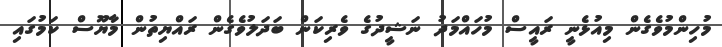
މުހިންމުވެގެން މިއުޅެނީ ރައީސް މުހައްމަދު ނަޝީދުގެ ވެރިކަން ބަދަލުވެގެން ރައްޔިތުން މާޔޫސް ކަމުގައި